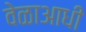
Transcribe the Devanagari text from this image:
वेळाआधी